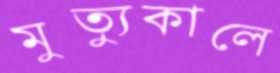
মুত্যুকালে